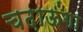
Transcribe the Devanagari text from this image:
चढ़ाऊंगा